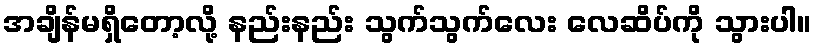
အချိန်မရှိတော့လို့ နည်းနည်း သွက်သွက်လေး လေဆိပ်ကို သွားပါ။